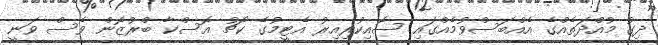
ދިގު މުއްދަތެއްގެ އެއްބަސްވުމެއްގައި ސޮއިކުރިއިރު އެޓީމުގެ ކޯޗު އޮސްކާ ބްރުޒޮން ވެސް ވަނީ